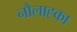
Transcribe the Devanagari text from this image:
नौलाह्का